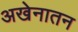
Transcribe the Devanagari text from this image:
अखेनातन